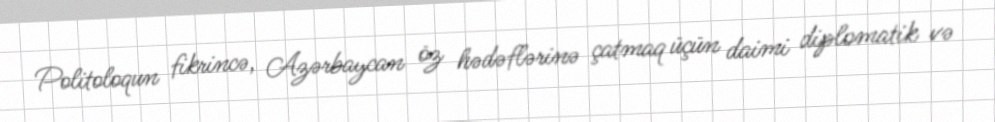
Politoloqun fikrincə, Azərbaycan öz hədəflərinə çatmaq üçün daimi diplomatik və